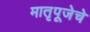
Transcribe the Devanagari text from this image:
मातृपूजेचे